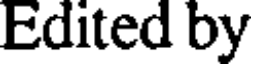
Edited by